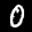
Label: 0